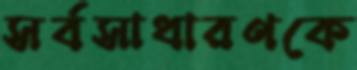
সর্বসাধারণকে